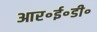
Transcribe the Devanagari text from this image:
आर॰ई॰डी॰